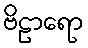
ဗိဠာရော